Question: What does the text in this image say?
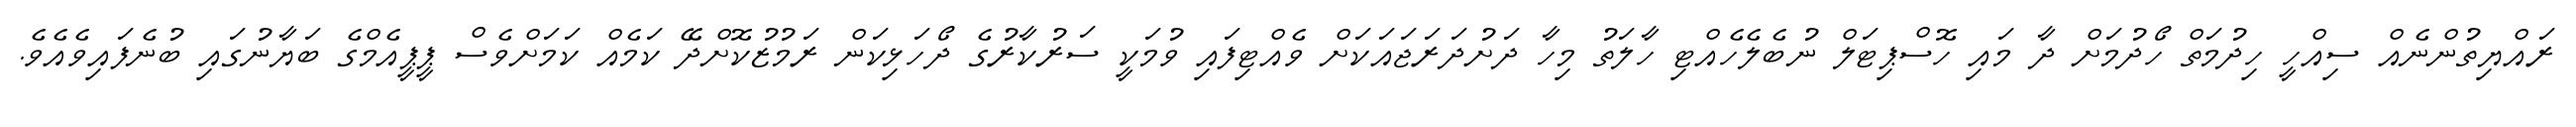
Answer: ރައްޔިތުންނެއް ސިއްހީ ހިދުމަތް ހޯދުމަށް ދާ މައި ހޮސްޕިޓަލް ނުބެލެހެއްޓި ހާލަތު މިހާ ދަށުދަރަޖައަކަށް ވެއްޓިފައި ވުމަކީ ސަރުކާރުގެ ދޯހަޅިކަން ރަމުޒުކޮށްދޭ ކަމެއް ކަމަށްވެސް ޕީޕީއެމްގެ ބަޔާނުގައި ބުނެފައިވެއެވެ.